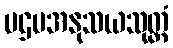
ပဌမအနုသယသုတ္တံ